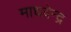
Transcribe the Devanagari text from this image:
माधवेन्द्र